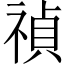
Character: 禎